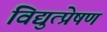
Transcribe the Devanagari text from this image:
विद्युत्प्रेषण